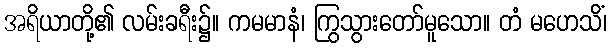
အရိယာတို့၏ လမ်းခရီး၌။ ကမမာနံ၊ ကြွသွားတော်မူသော။ တံ မဟေသိံ၊